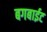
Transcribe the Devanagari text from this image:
बगबाईट